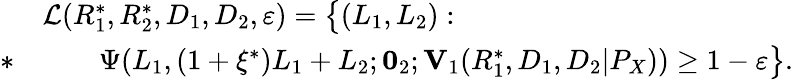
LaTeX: \begin{array}{rl}&{\mathcal{L}(R_{1}^{*},R_{2}^{*},D_{1},D_{2},\varepsilon)=\big\{ (L_{1},L_{2}):}\\ {*}&{\qquad\Psi(L_{1},(1+\xi^{*})L_{1}+L_{2};\mathbf{0}_{2};\mathbf{V}_{1}(R_{1}^{*},D_{1},D_{2}|P_{X}))\geq 1-\varepsilon\big\} .}\end{array}